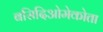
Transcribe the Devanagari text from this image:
बसिदिओमेकोता